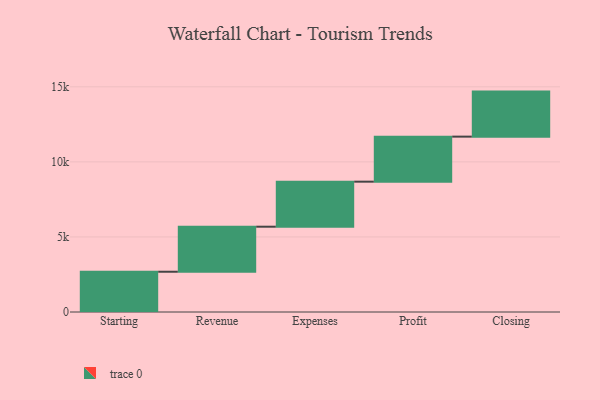
{"axis": {"x": "Step", "y": "Value"}, "legend": [""], "data": [{"x": "Starting", "y": 2682.0, "type": ""}, {"x": "Revenue", "y": 3000, "type": ""}, {"x": "Expenses", "y": 3000, "type": ""}, {"x": "Profit", "y": 3000, "type": ""}, {"x": "Closing", "y": 3000, "type": ""}]}